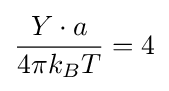
{\frac {Y\cdot a}{4\pi k_{B}T}}=4